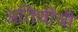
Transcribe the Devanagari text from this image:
अतिथींची